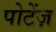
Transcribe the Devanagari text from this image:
पोटेंज़